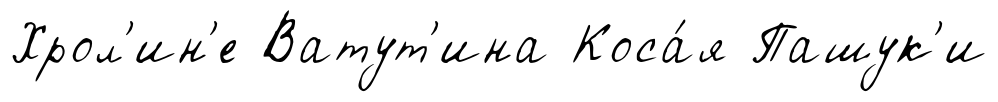
Хрол'ин'е Ватут'ина Коса́я Пашук'и